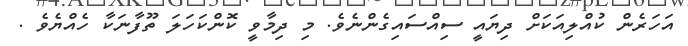
އަހަރެން ކުއްލިއަކަށް ދިޔައީ ސިއްސައިގެންނެވެ. މި ދިމާވީ ކޮންކަހަލަ ތޫފާނަކާ ހެއްޔެވެ .